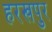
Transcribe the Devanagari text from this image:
हरखपुर